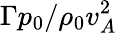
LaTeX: \Gamma p_{0}/\rho_{0}v_{A}^{2}